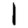
Digit: 1